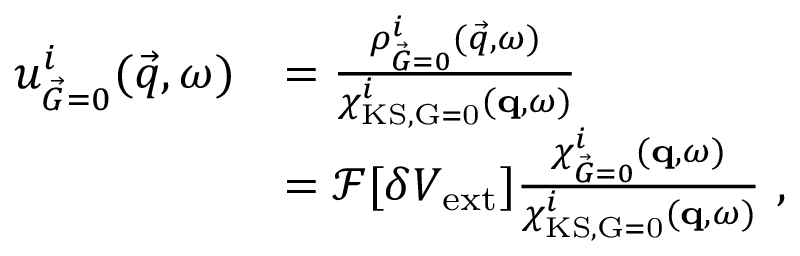
\begin{array} { r l } { { u _ { \vec { G } = 0 } ^ { i } ( \vec { q } , \omega ) } } & { = \frac { \rho _ { \vec { G } = 0 } ^ { i } ( \vec { q } , \omega ) } { \chi _ { \mathrm { K S , \vec { G } = 0 } } ^ { i } ( \mathbf { q } , \omega ) } } \\ & { = \mathcal { F } [ \delta V _ { \mathrm { e x t } } ] \frac { \chi _ { \vec { G } = 0 } ^ { i } ( \mathbf { q } , \omega ) } { \chi _ { \mathrm { K S , \vec { G } = 0 } } ^ { i } ( \mathbf { q } , \omega ) } \ , } \end{array}